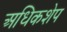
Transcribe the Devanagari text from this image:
अधिकशेप